Tezpur Lunatic Asylum reports 1877-1894 - 1877-1894
Year: 1877
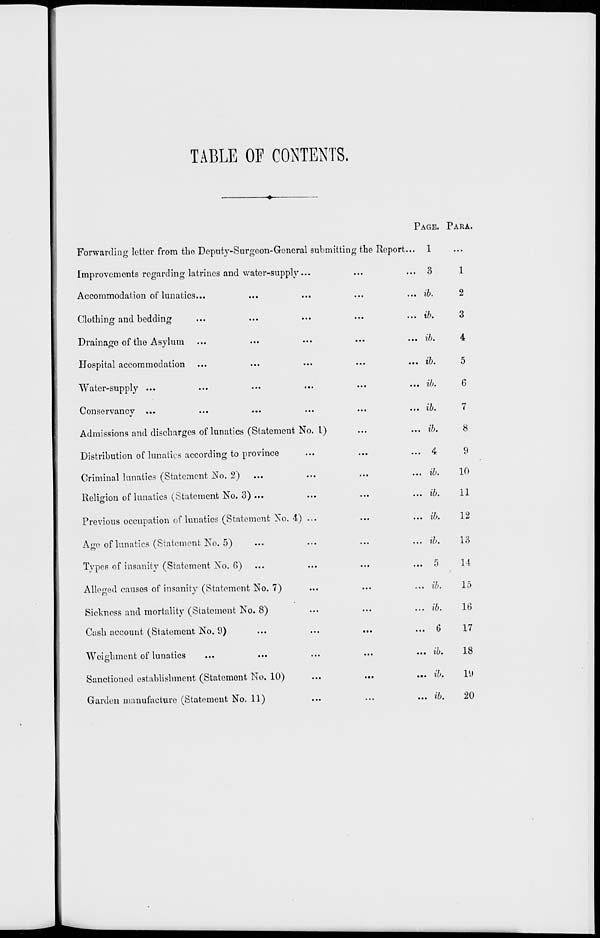
TABLE OF CONTENTS.
PAGE. PARA.
Forwarding letter from the Deputy-Surgeon-General submitting the Report... 1
Improvements regarding latrines and water-supply...
...
... 3
1
Accommodation of lunatics...
...
...
...
... ib.
2
Clothing and bedding
Drainage of the Asylum
Hospital accommodation
Water-supply ...
Conservancy ...
Admissions and discharges of lunatics (Statement No. I)
Distribution of lunatics according to province
Criminal lunatics (Statement No. 2)
...
Religion of lunatics (Statement No. 3) ...
Previous occupation of lunatics (Statement No. 4) ...
Age of lunatics (Statement No. 5)
Types of insanity (Statement No. 6)
Alleged causes of insanity (Statement No. 7)
Sickness and mortality (Statement No. 8)
Cash account (Statement No, 9)
Weighmcnt of lunatics
Sanctioned establishment (Statement No. 10)
Garden manufacture (Statement No. 11)
... ib.
3
... ib.
4
... ib.
5
... ib.
6
... ib.
7
... ib.
8
... 4
9
... ib.
10
... ib.
11
... ib.
12
... ib.
13
...
D
14
... ib.
15
... ib.
16
... 6
17
... ib.
18
... ib.
ly
... ib.
20